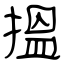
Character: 搵